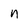
Character: n